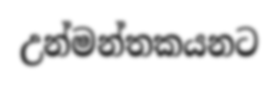
උන්මන්තකයනට